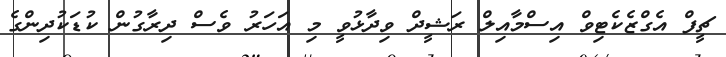
ޗީފް އެގްޒެކެޓިވް އިސްމާއިލް ރަޝީދް ވިދާޅުވީ މި އަހަރު ވެސް ދިރާގުން ކުޑަކުދިންގެ